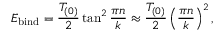
E _ { \mathrm { b i n d } } = { \frac { T _ { ( 0 ) } } { 2 } } \tan ^ { 2 } { \frac { \pi n } { k } } \approx { \frac { T _ { ( 0 ) } } { 2 } } \left( { \frac { \pi n } { k } } \right) ^ { 2 } ,